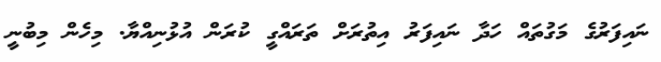
ނައިފަރުގެ މަގުތައް ހަދާ ނައިފަރު އިތުރަށް ތަރައްގީ ކުރަން އުޅުނިއްޔާ. މިހެން މިބުނީ